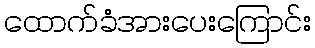
ထောက်ခံအားပေးကြောင်း